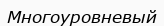
Многоуровневый